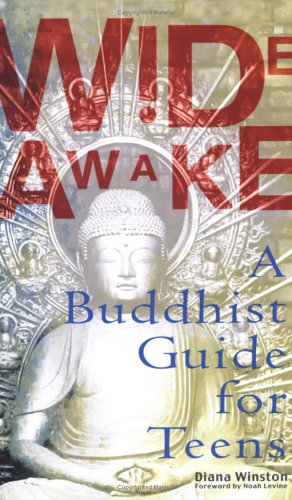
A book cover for Wide Awake: A Buddhist Guide for Teens; Diana Winston; Teen & Young Adult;